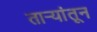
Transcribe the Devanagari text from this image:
ताऱ्यांतून